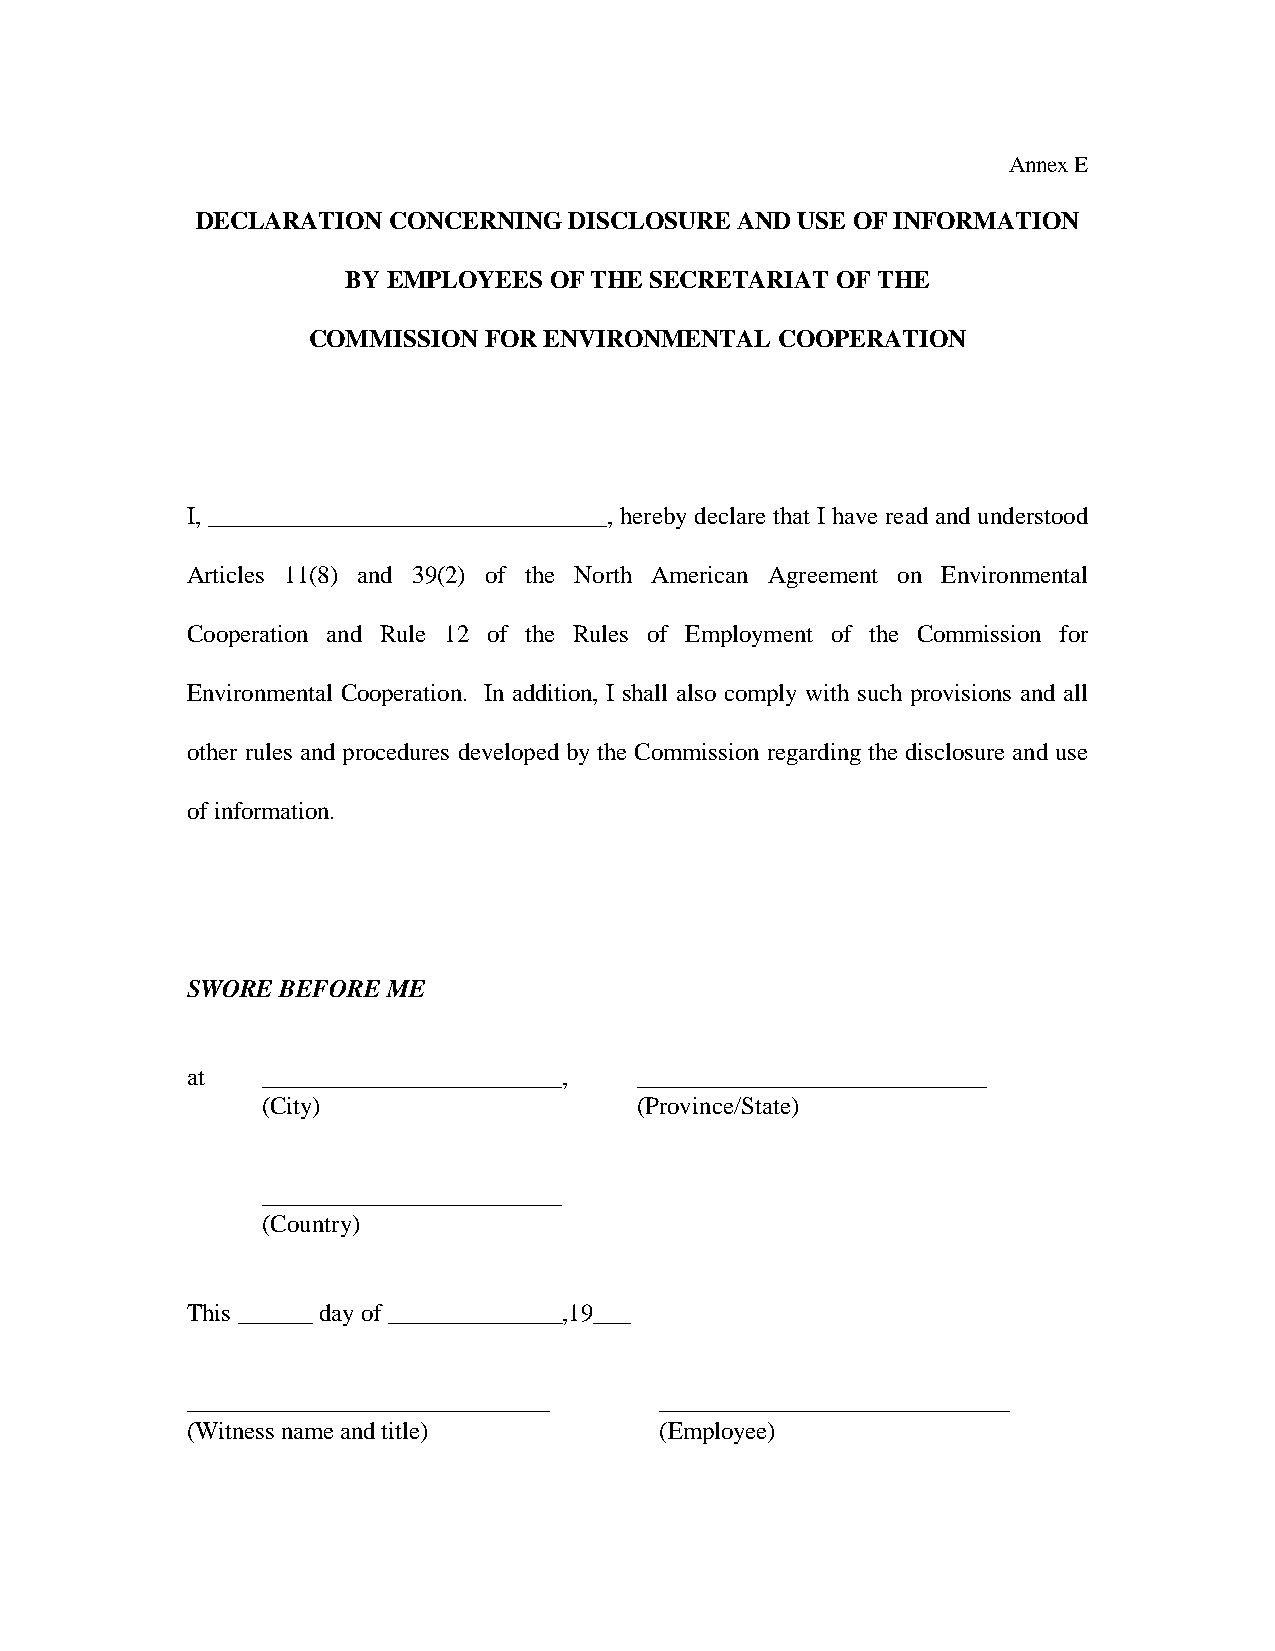
Annex E
 DECLARATION  CONCERNING  DISCLOSURE AND USE OF INFORMATION
 BY EMPLOYEES OF THE SECRETARIAT OF THE
 COMMISSION  FOR ENVIRONMENTAL  COOPERATION
 I, ________________________________, hereby declare that I have read and understood
 Articles 11(8) and 39(2) of the North American Agreement on Environmental
 Cooperation and Rule 12 of the Rules of Employment of the Commission for
 Environmental Cooperation. In addition, I shall also comply with such provisions and all
 other rules and procedures developed by the Commission regarding the disclosure and use
 of information.
 SWORE  BEFORE ME
 at   ________________________, ____________________________
 (City)                   (Province/State)
 ________________________
 (Country)
 This ______ day of ______________,19___
 _____________________________   ____________________________
 (Witness name and title)        (Employee)